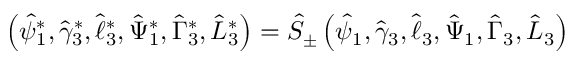
\left( \hat { \psi } _ { 1 } ^ { * } , \hat { \gamma } _ { 3 } ^ { * } , \hat { \ell } _ { 3 } ^ { * } , \hat { \Psi } _ { 1 } ^ { * } , \hat { \Gamma } _ { 3 } ^ { * } , \hat { L } _ { 3 } ^ { * } \right) = \hat { S } _ { \pm } \left( \hat { \psi } _ { 1 } , \hat { \gamma } _ { 3 } , \hat { \ell } _ { 3 } , \hat { \Psi } _ { 1 } , \hat { \Gamma } _ { 3 } , \hat { L } _ { 3 } \right)